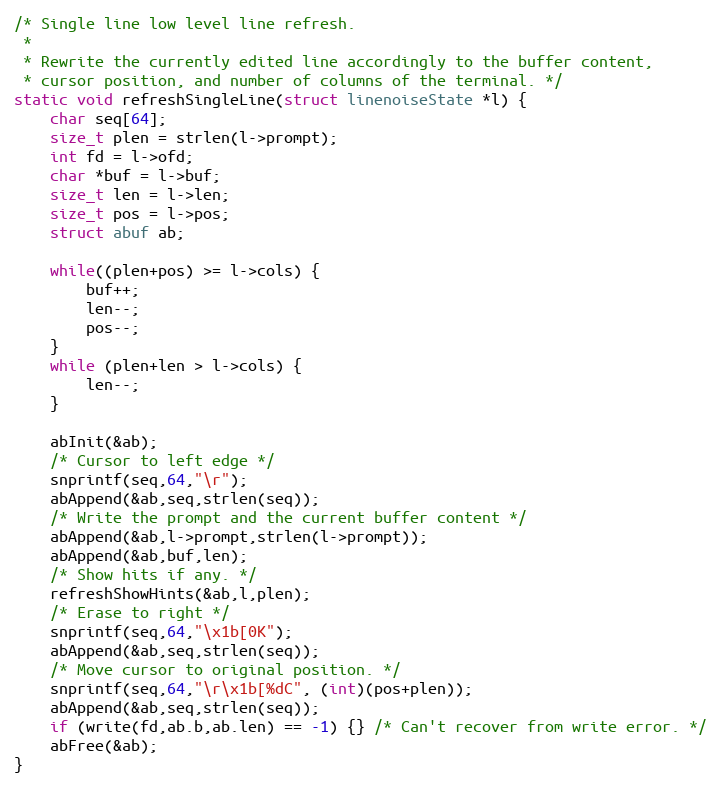
Language: C
/* Single line low level line refresh.
 *
 * Rewrite the currently edited line accordingly to the buffer content,
 * cursor position, and number of columns of the terminal. */
static void refreshSingleLine(struct linenoiseState *l) {
    char seq[64];
    size_t plen = strlen(l->prompt);
    int fd = l->ofd;
    char *buf = l->buf;
    size_t len = l->len;
    size_t pos = l->pos;
    struct abuf ab;

    while((plen+pos) >= l->cols) {
        buf++;
        len--;
        pos--;
    }
    while (plen+len > l->cols) {
        len--;
    }

    abInit(&ab);
    /* Cursor to left edge */
    snprintf(seq,64,"\r");
    abAppend(&ab,seq,strlen(seq));
    /* Write the prompt and the current buffer content */
    abAppend(&ab,l->prompt,strlen(l->prompt));
    abAppend(&ab,buf,len);
    /* Show hits if any. */
    refreshShowHints(&ab,l,plen);
    /* Erase to right */
    snprintf(seq,64,"\x1b[0K");
    abAppend(&ab,seq,strlen(seq));
    /* Move cursor to original position. */
    snprintf(seq,64,"\r\x1b[%dC", (int)(pos+plen));
    abAppend(&ab,seq,strlen(seq));
    if (write(fd,ab.b,ab.len) == -1) {} /* Can't recover from write error. */
    abFree(&ab);
}